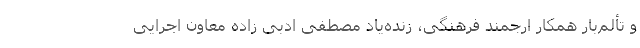
و تألم‌بار همکار ارجمند فرهنگی، زنده‌یاد مصطفی ادبی زاده معاون اجرایی